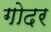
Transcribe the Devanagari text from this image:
गोदर